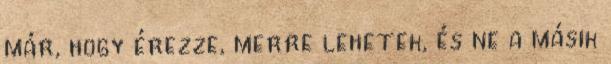
már, hogy érezze, merre lehetek, és ne a másik